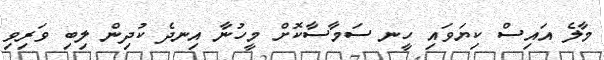
މާލެ އައިސް ކިޔަވައި ހީނ ސަމާސާކޮށް މީހުނާ އިނދެ ކުދިން ލިބި ވަރިވި